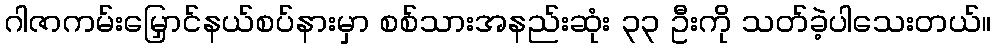
ဂါဇာကမ်းမြှောင်နယ်စပ်နားမှာ စစ်သားအနည်းဆုံး ၃၃ ဦးကို သတ်ခဲ့ပါသေးတယ်။